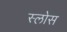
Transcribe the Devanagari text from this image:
स्लोस